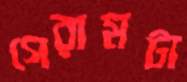
গেরামটা